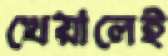
খেয়ালেই